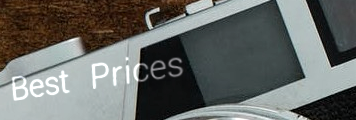
Best Prices